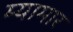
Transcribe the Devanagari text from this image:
म्यामार